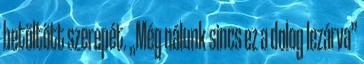
betöltött szerepét. „Még nálunk sincs ez a dolog lezárva”